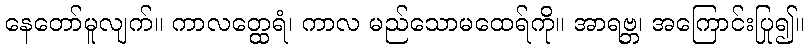
နေတော်မူလျက်။ ကာလတ္ထေရံ၊ ကာလ မည်သောမထေရ်ကို။ အာရဗ္ဘ၊ အကြောင်းပြု၍။